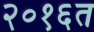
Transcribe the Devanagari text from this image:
२०१६त